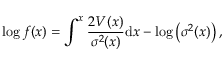
\log f ( x ) = \int ^ { x } \frac { 2 V ( x ) } { \sigma ^ { 2 } ( x ) } \mathrm { d } x - \log \left( \sigma ^ { 2 } ( x ) \right) ,